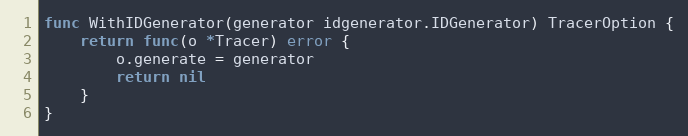
Language: Go
func WithIDGenerator(generator idgenerator.IDGenerator) TracerOption {
	return func(o *Tracer) error {
		o.generate = generator
		return nil
	}
}